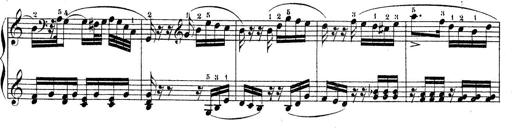
Title: Piano Sonatine No.2
Composer: Peter Piel
Key: G major